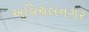
અવિચલનગર